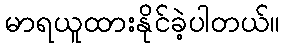
မာရယူထားနိုင်ခဲ့ပါတယ်။